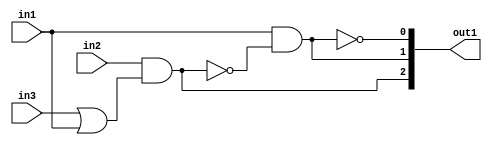
`timescale 1ps / 1ps
/*****************************************************************************
    Verilog RTL Description
    
    
    Created by: Stratus DpOpt 21.05.01 
*******************************************************************************/

module Filter_gen_busy_r_4 (
	in1,
	in2,
	in3,
	out1
	); /* architecture "behavioural" */ 
input  in1,
	in2,
	in3;
output [2:0] out1;
wire  asc003,
	asc004,
	asc006,
	asc008,
	asc010;
wire [2:0] asc011;

assign asc004 = 
	(in3)
	|(in1);

assign asc003 = 
	(in2)
	&(asc004);

assign asc008 = 
	((~asc003));

assign asc006 = 
	(in1)
	&(asc008);

assign asc010 = 
	((~asc006));

assign asc011 = {asc003,asc006,asc010};

assign out1 = asc011;
endmodule

/* CADENCE  v7D4SQ4= : u9/ySxbfrwZIxEzHVQQV8Q== ** DO NOT EDIT THIS LINE ******/